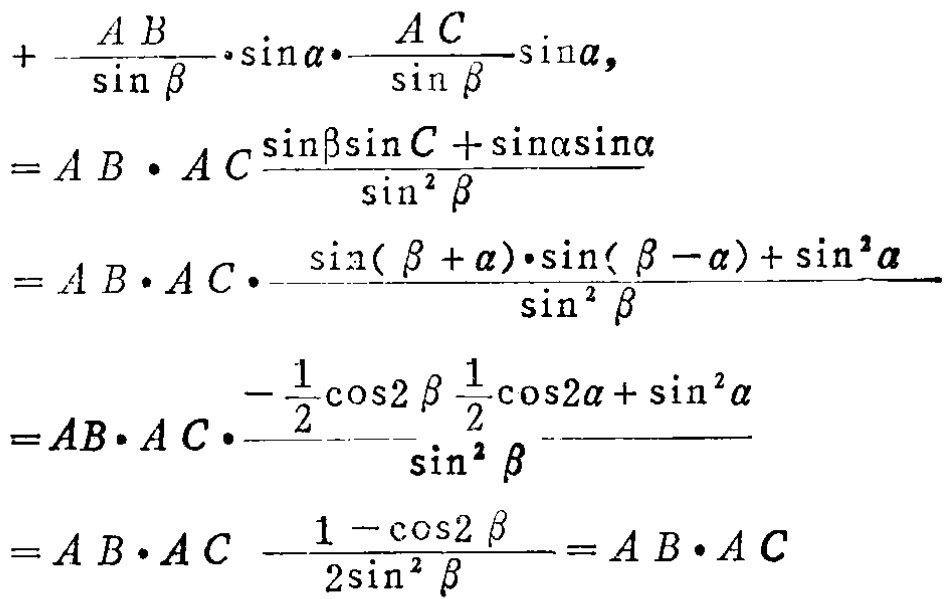
\[
\begin{align*}
&+\frac{AB}{\sin\beta}\cdot\sin\alpha\cdot\frac{AC}{\sin\beta}\sin\alpha,\\
=&AB\cdot AC\frac{\sin\beta\sin C+\sin\alpha\sin\alpha}{\sin^{2}\beta}\\
=&AB\cdot AC\cdot\frac{\sin(\beta + \alpha)\cdot\sin(\beta - \alpha)+\sin^{2}\alpha}{\sin^{2}\beta}\\
=&AB\cdot AC\cdot\frac{-\frac{1}{2}\cos2\beta+\frac{1}{2}\cos2\alpha+\sin^{2}\alpha}{\sin^{2}\beta}\\
=&AB\cdot AC\frac{\frac{1 - \cos2\beta}{2}}{\sin^{2}\beta}=AB\cdot AC
\end{align*}
\]